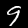
Label: 9